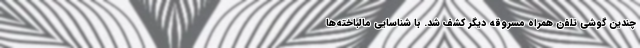
چندین گوشی تلفن همراه مسروقه دیگر کشف شد. با شناسایی مالباخته‌ها